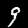
Digit: 9